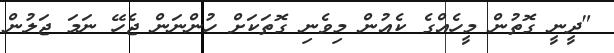
"ދީނީ ގޮތުން މީހެއްގެ ކެއުން މިވެނި ގޮތަކަށް ހުންނަން ޖެހޭ ނަމަ ޖަލުން